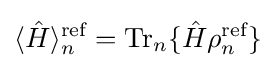
\langle {\hat {H}}\rangle _{n}^{\text{ref}}={\text{Tr}}_{n}\{{\hat {H}}\rho _{n}^{\text{ref}}\}